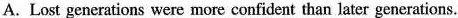
A. Lost generations were more confident than later generations.